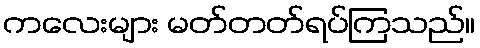
ကလေးများ မတ်တတ်ရပ်ကြသည်။